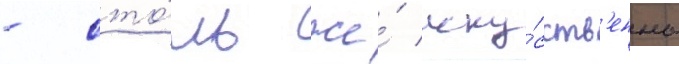
- сто́ль же́ иску́сств'енны